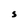
Character: S